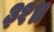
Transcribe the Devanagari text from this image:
३१॥